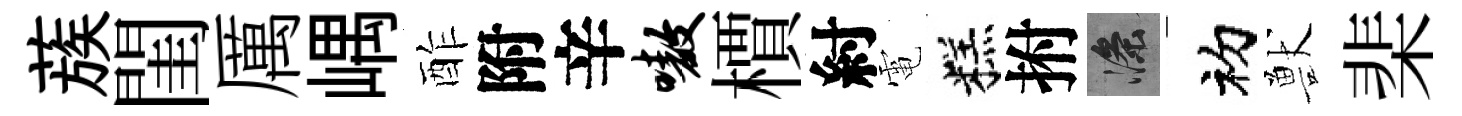
蔟閨厲嵎酢附辛嗷檟紂電糕拊滌初獸棐